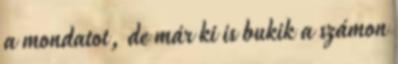
a mondatot, de már ki is bukik a számon